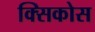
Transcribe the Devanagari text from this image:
क्सिकोस